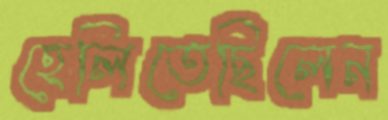
হেলিতেছিলেন